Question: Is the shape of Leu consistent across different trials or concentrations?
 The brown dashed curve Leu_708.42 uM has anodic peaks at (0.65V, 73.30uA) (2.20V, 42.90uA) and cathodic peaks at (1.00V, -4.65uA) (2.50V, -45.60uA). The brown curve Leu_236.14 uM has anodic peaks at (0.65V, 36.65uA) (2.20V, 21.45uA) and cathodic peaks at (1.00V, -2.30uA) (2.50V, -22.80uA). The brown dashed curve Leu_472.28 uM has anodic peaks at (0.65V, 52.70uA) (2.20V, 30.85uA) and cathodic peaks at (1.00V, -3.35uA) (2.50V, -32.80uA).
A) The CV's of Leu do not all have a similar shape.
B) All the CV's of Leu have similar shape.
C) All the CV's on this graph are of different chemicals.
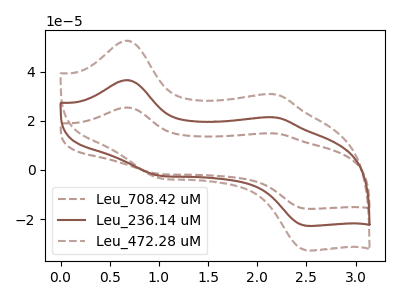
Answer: <think>All the peaks in "Leu_708.42 uM" have a peak in "Leu_236.14 uM" at the same potential. Every peak in "Leu_708.42 uM" is higher than every peak in "Leu_236.14 uM". All the peaks in "Leu_708.42 uM" have a peak in "Leu_472.28 uM" at the same potential. Every peak in "Leu_708.42 uM" is higher than every peak in "Leu_472.28 uM". All the peaks in "Leu_236.14 uM" have a peak in "Leu_472.28 uM" at the same potential. Every peak in "Leu_236.14 uM" is lower than every peak in "Leu_472.28 uM".
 </think>
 <answer>B) All the CV's of "Leu" have similar shape.</answer>
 <eval>B</eval>